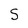
Character: S